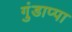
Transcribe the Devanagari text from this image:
गुंडाप्पा